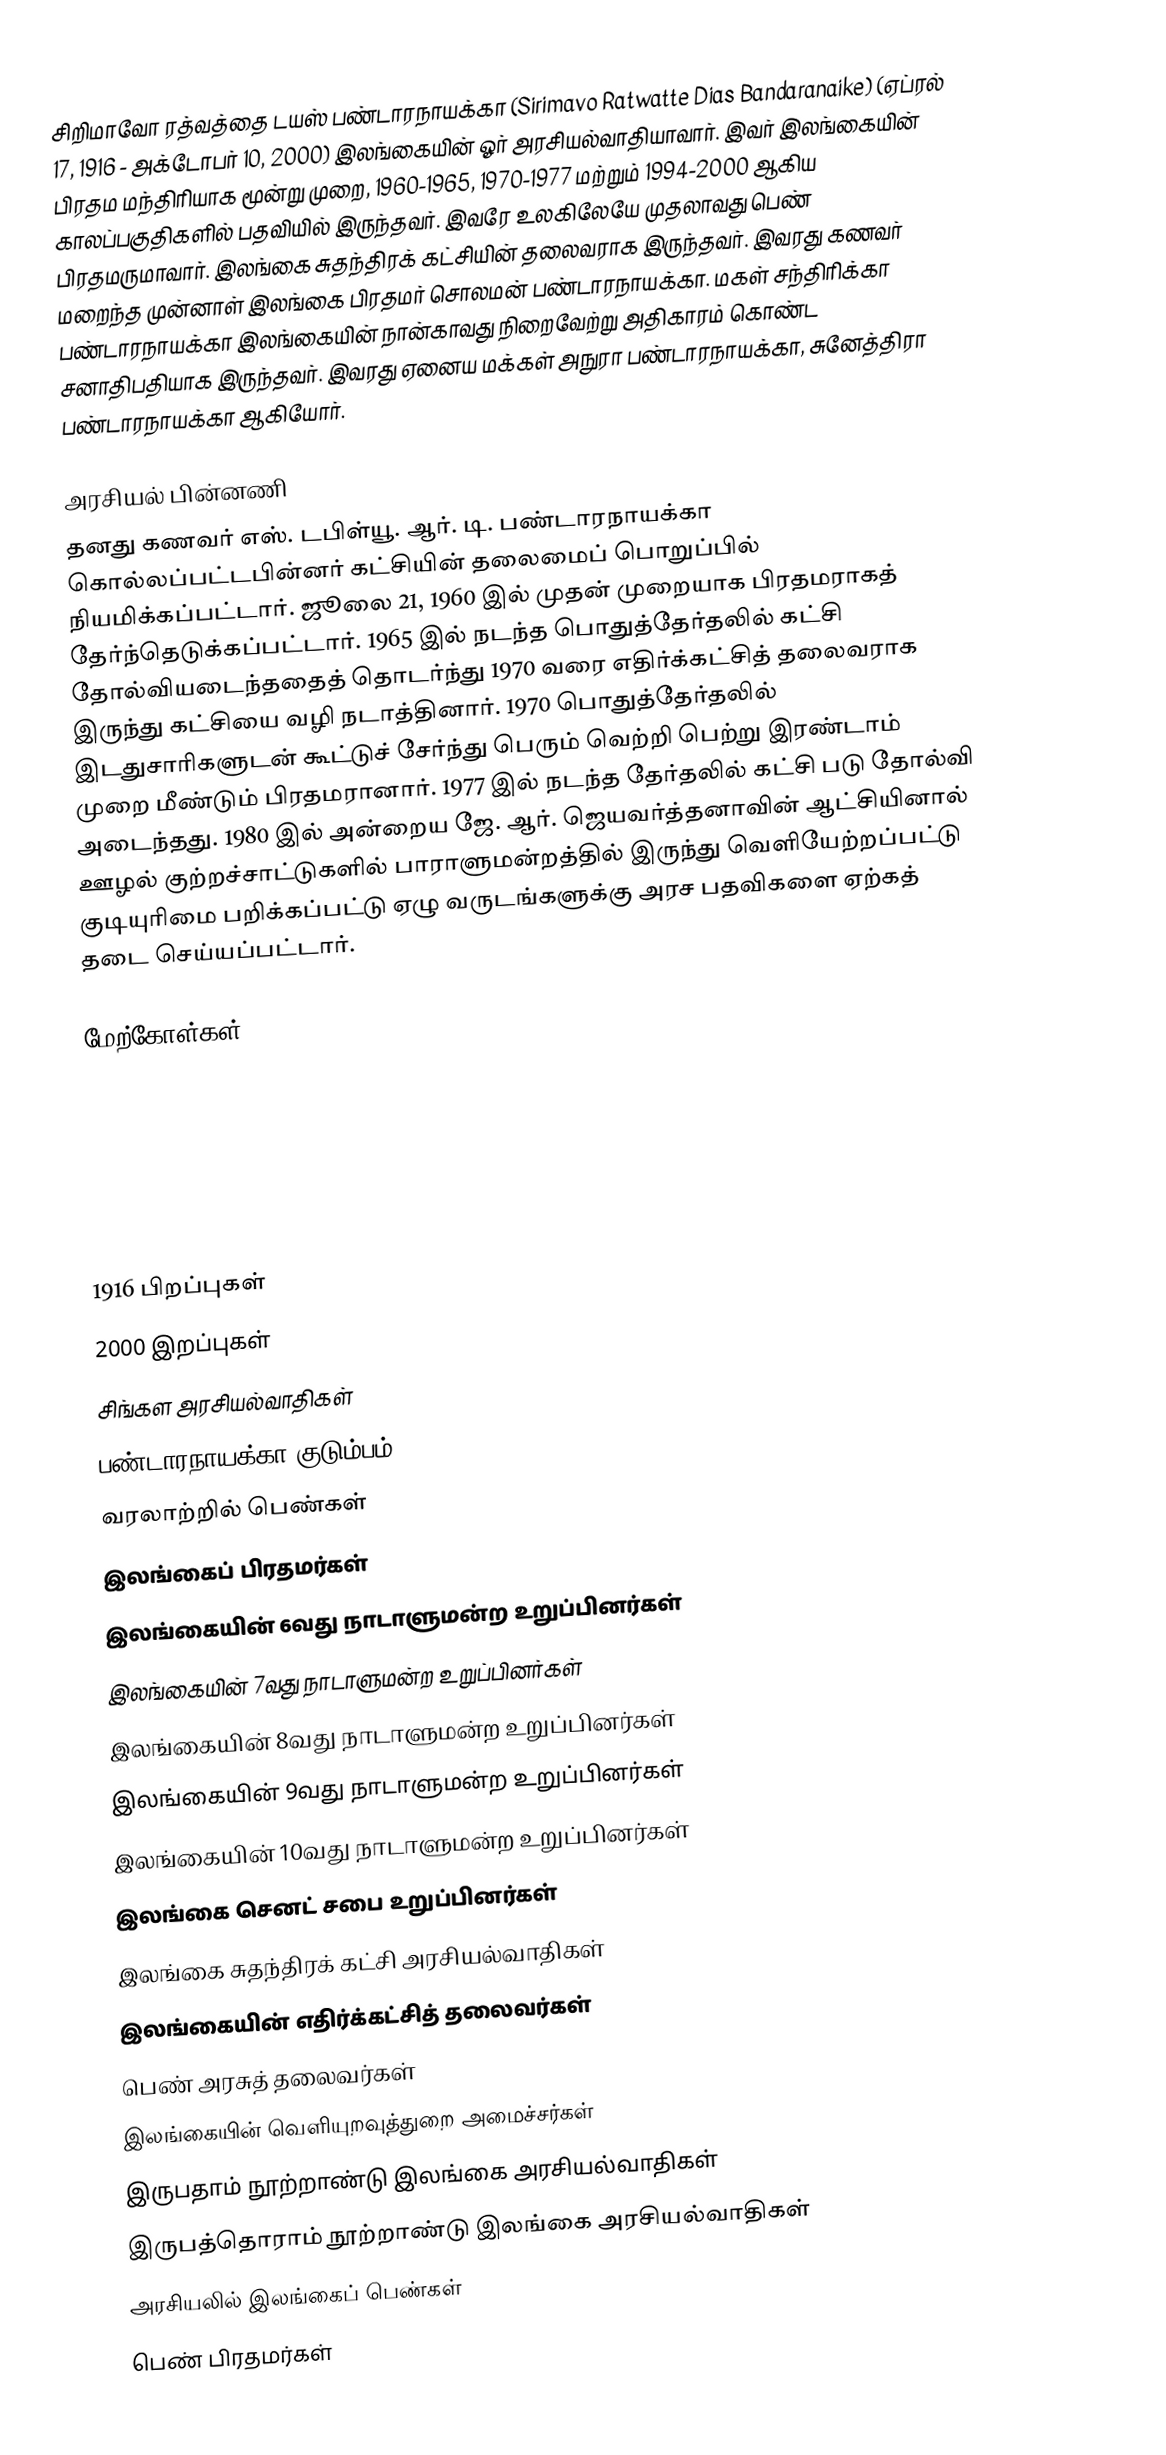
சிறிமாவோ ரத்வத்தை டயஸ் பண்டாரநாயக்கா (Sirimavo Ratwatte Dias Bandaranaike) (ஏப்ரல் 17, 1916 - அக்டோபர் 10, 2000) இலங்கையின் ஓர் அரசியல்வாதியாவார். இவர் இலங்கையின் பிரதம மந்திரியாக மூன்று முறை, 1960-1965, 1970-1977 மற்றும் 1994-2000 ஆகிய காலப்பகுதிகளில் பதவியில் இருந்தவர். இவரே உலகிலேயே முதலாவது பெண் பிரதமருமாவார். இலங்கை சுதந்திரக் கட்சியின் தலைவராக இருந்தவர். இவரது கணவர் மறைந்த முன்னாள் இலங்கை பிரதமர் சொலமன் பண்டாரநாயக்கா. மகள் சந்திரிக்கா பண்டாரநாயக்கா இலங்கையின் நான்காவது நிறைவேற்று அதிகாரம் கொண்ட சனாதிபதியாக இருந்தவர். இவரது ஏனைய மக்கள் அநுரா பண்டாரநாயக்கா, சுனேத்திரா பண்டாரநாயக்கா ஆகியோர்.

அரசியல் பின்னணி
தனது கணவர் எஸ். டபிள்யூ. ஆர். டி. பண்டாரநாயக்கா கொல்லப்பட்டபின்னர் கட்சியின் தலைமைப் பொறுப்பில் நியமிக்கப்பட்டார். ஜூலை 21, 1960 இல் முதன் முறையாக பிரதமராகத் தேர்ந்தெடுக்கப்பட்டார். 1965 இல் நடந்த பொதுத்தேர்தலில் கட்சி தோல்வியடைந்ததைத் தொடர்ந்து 1970 வரை எதிர்க்கட்சித் தலைவராக இருந்து கட்சியை வழி நடாத்தினார். 1970 பொதுத்தேர்தலில் இடதுசாரிகளுடன் கூட்டுச் சேர்ந்து பெரும் வெற்றி பெற்று இரண்டாம் முறை மீண்டும் பிரதமரானார். 1977 இல் நடந்த தேர்தலில் கட்சி படு தோல்வி அடைந்தது. 1980 இல் அன்றைய ஜே. ஆர். ஜெயவர்த்தனாவின் ஆட்சியினால் ஊழல் குற்றச்சாட்டுகளில் பாராளுமன்றத்தில் இருந்து வெளியேற்றப்பட்டு குடியுரிமை பறிக்கப்பட்டு ஏழு வருடங்களுக்கு அரச பதவிகளை ஏற்கத் தடை செய்யப்பட்டார்.

மேற்கோள்கள்

1916 பிறப்புகள்
2000 இறப்புகள்
சிங்கள அரசியல்வாதிகள்
பண்டாரநாயக்கா குடும்பம்
வரலாற்றில் பெண்கள்
இலங்கைப் பிரதமர்கள்
இலங்கையின் 6வது நாடாளுமன்ற உறுப்பினர்கள்
இலங்கையின் 7வது நாடாளுமன்ற உறுப்பினர்கள்
இலங்கையின் 8வது நாடாளுமன்ற உறுப்பினர்கள்
இலங்கையின் 9வது நாடாளுமன்ற உறுப்பினர்கள்
இலங்கையின் 10வது நாடாளுமன்ற உறுப்பினர்கள்
இலங்கை செனட் சபை உறுப்பினர்கள்
இலங்கை சுதந்திரக் கட்சி அரசியல்வாதிகள்
இலங்கையின் எதிர்க்கட்சித் தலைவர்கள்
பெண் அரசுத் தலைவர்கள்
இலங்கையின் வெளியுறவுத்துறை அமைச்சர்கள்
இருபதாம் நூற்றாண்டு இலங்கை அரசியல்வாதிகள்
இருபத்தொராம் நூற்றாண்டு இலங்கை அரசியல்வாதிகள்
அரசியலில் இலங்கைப் பெண்கள்
பெண் பிரதமர்கள்